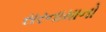
સરનામાનો